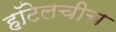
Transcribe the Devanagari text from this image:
हॉटेलचीच